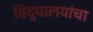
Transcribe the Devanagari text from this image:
विद्यालयांचा